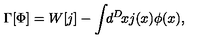
\Gamma [ \Phi ] = W [ j ] - \int \! \! d ^ { D } \! x j ( x ) \phi ( x ) ,